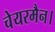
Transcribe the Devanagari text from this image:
चेयरमैन।